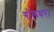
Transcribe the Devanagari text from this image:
गोलघर।